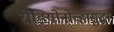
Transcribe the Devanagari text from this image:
रोडियोनोव्हासुद्धा